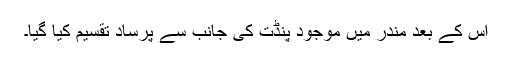
اس کے بعد مندر میں موجود پنڈت کی جانب سے پرساد تقسیم کیا گیا۔